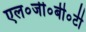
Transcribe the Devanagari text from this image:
एल०जी०बी०टी